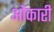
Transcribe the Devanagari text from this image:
ओंकारी